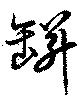
缾